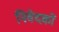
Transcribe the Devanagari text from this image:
निवेदकों